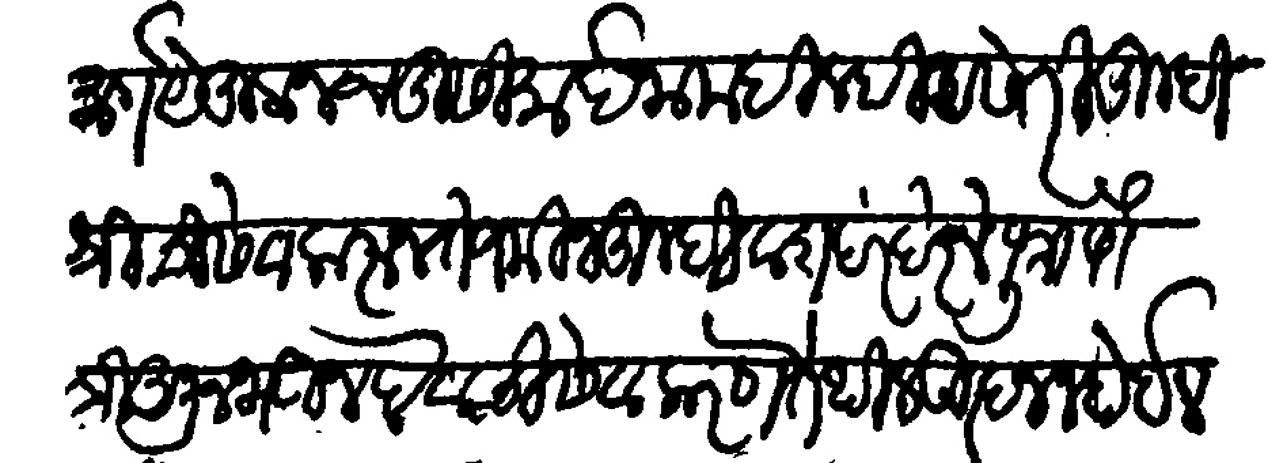
Transliteration (Devanagari): मार्ग येकूण चतुःसीमा ईनाम दिल्ही असे तरी तुम्ही श्रीची सेवा करून ते जमिन तुम्ही वंशपरंपरेने पूत्रा पौत्री अनभऊन देवाची सेवा करणे तेथील उत्पन्न जे होईल